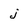
Character: j